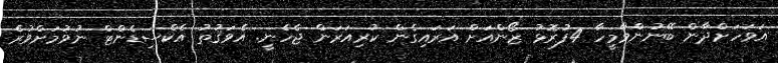
އަވަހަށްދާން ބޭނުންވާމީހާ 4ފުރޮޅު ޒޯންއަށް އަރައިގެން ކުރިއަރަން ޖެހެނީ. އެވަޤުތު އެކްސިޑެންޓް ނުވުމަށްވުރެ